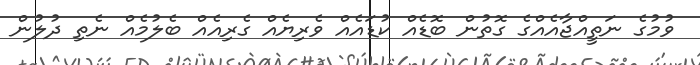
ވުމުގެ ނަތީއްޖާއެއްގެ ގޮތުން ބޮޑެއް ކުޑައެއް ވެރިޔެއް ގެރިއެއް ބެލުމެއް ނެތި ދުލުން